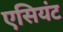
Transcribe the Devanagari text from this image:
एसियंट